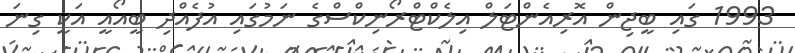
1993 ގައި ބީޖިން އޮރިއެންޓަލް އިލެކްޓްރޯނިކްސްގެ ނަމުގައި އުފެއްދި ބީއޯއީ އަކީ ގިނަ